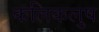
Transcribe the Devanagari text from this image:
कलिकलुष